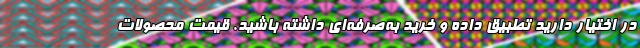
در اختیار دارید تطبیق داده و خرید به‌صرفه‌ای داشته باشید. قیمت محصولات